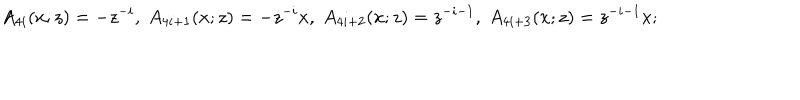
A _ { 4 i } ( x ; z ) = - z ^ { - i } , \; A _ { 4 i + 1 } ( x ; z ) = - z ^ { - i } x , \; A _ { 4 i + 2 } ( x ; z ) = z ^ { - i - 1 } , \; A _ { 4 i + 3 } ( x ; z ) = z ^ { - i - 1 } x ;